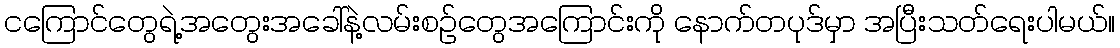
ငကြောင်တွေရဲ့အတွေးအခေါ်နဲ့လမ်းစဉ်တွေအကြောင်းကို နောက်တပုဒ်မှာ အပြီးသတ်ရေးပါမယ်။